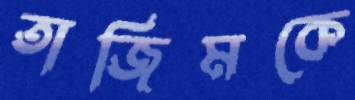
তাজিমকে